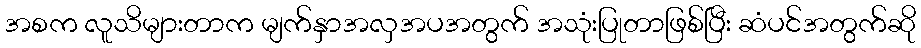
အစက လူသိများတာက မျက်နှာအလှအပအတွက် အသုံးပြုတာဖြစ်ပြီး ဆံပင်အတွက်ဆို